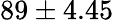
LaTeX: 89\pm 4.45